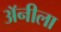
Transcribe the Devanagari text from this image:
अॅनीला